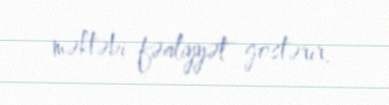
məktəbi fəaliyyət göstərir.